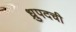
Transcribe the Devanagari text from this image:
ध्रुपदची